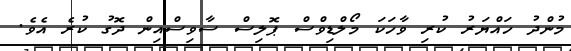
މުންދު ހައްޔަރު ކުރި ވާހަކަ މޯލްޑިވްސް ޕޮލިސް ސާވިސްއިން ދޮގު ކުރެ އެވެ.